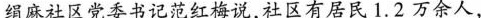
绢麻社区党委书记范红梅说，社区有居民1.2万余人